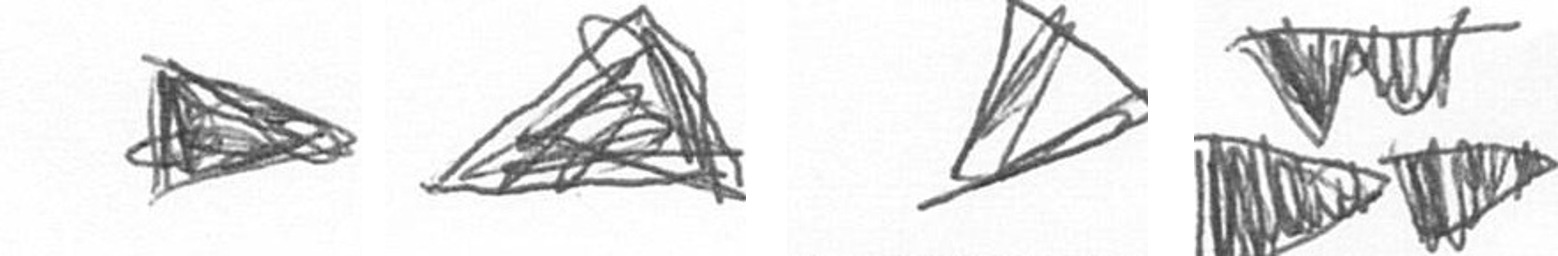
T O O B